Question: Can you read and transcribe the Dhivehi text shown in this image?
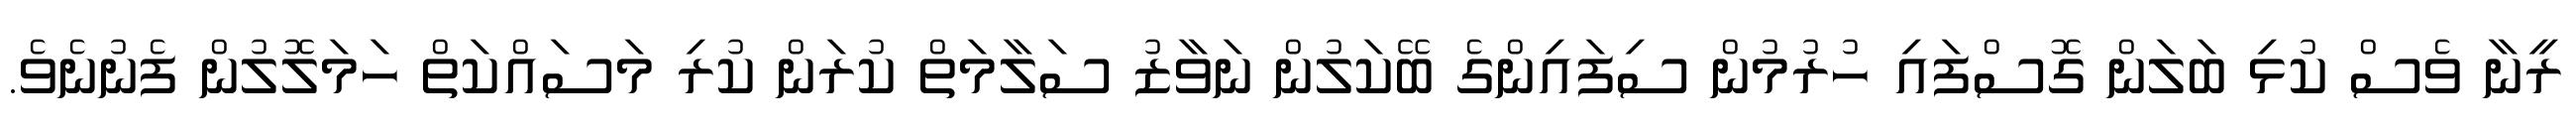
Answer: ރީނާ ވެސް ކުޅި ބަލަން ގޮސްފައި ހުރުމުން ސިފައިންގެ ބޭކަލުން ނަވާޒު ސަލާމަތް ކުރަން ކުރި މަސައްކަތް ހަމަލޮލުން ފެނުނެވެ.